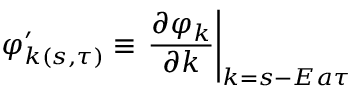
\varphi _ { k ( s , \tau ) } ^ { \prime } \equiv \left. \frac { \partial \varphi _ { k } } { \partial k } \right| _ { k = s - E a \tau }